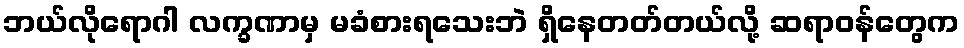
ဘယ်လိုရောဂါ လက္ခဏာမှ မခံစားရသေးဘဲ ရှိနေတတ်တယ်လို့ ဆရာဝန်တွေက